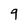
Character: 9